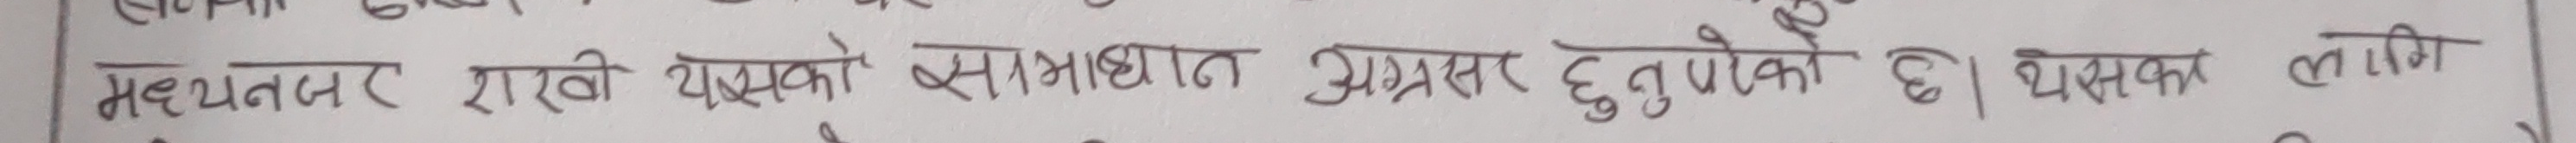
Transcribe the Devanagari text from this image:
मध्यनजर राखी यसको सम्भावीत अवसर हुनुपर्दछ । यसका लागि